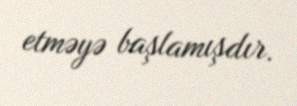
etməyə başlamışdır.